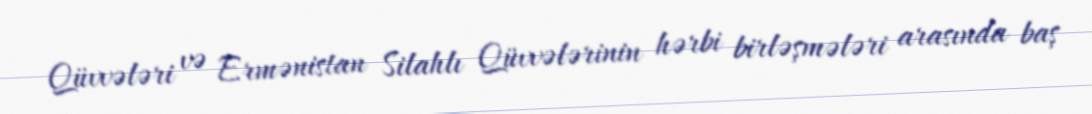
Qüvvələri və Ermənistan Silahlı Qüvvələrinin hərbi birləşmələri arasında baş